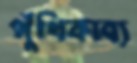
পুঁথিকাব্য